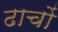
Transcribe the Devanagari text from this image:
ढाचों